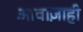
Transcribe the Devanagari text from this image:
आवाज़ाही